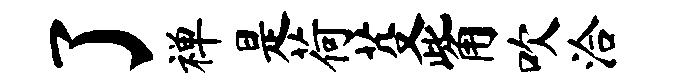
了禅是荷芟觜吹洽